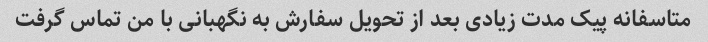
متاسفانه پیک مدت زیادی بعد از تحویل سفارش به نگهبانی با من تماس گرفت